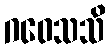
ဂဝေသသိ